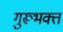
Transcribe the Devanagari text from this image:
गुरूभक्त